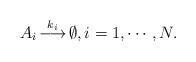
LaTeX: \begin{align*}A_i \mathop{\longrightarrow}^{k_i} \emptyset, i=1,\cdots,N.\end{align*}